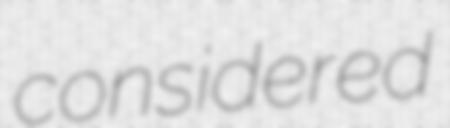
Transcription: considered